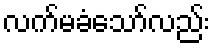
လက်မခံသော်လည်း